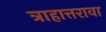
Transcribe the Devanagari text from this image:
त्राहात्तरावा